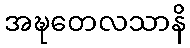
အဍ္ဎတေလသာနိ